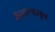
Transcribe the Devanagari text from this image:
कॅन्सरपासून